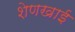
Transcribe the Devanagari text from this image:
शेणखाई